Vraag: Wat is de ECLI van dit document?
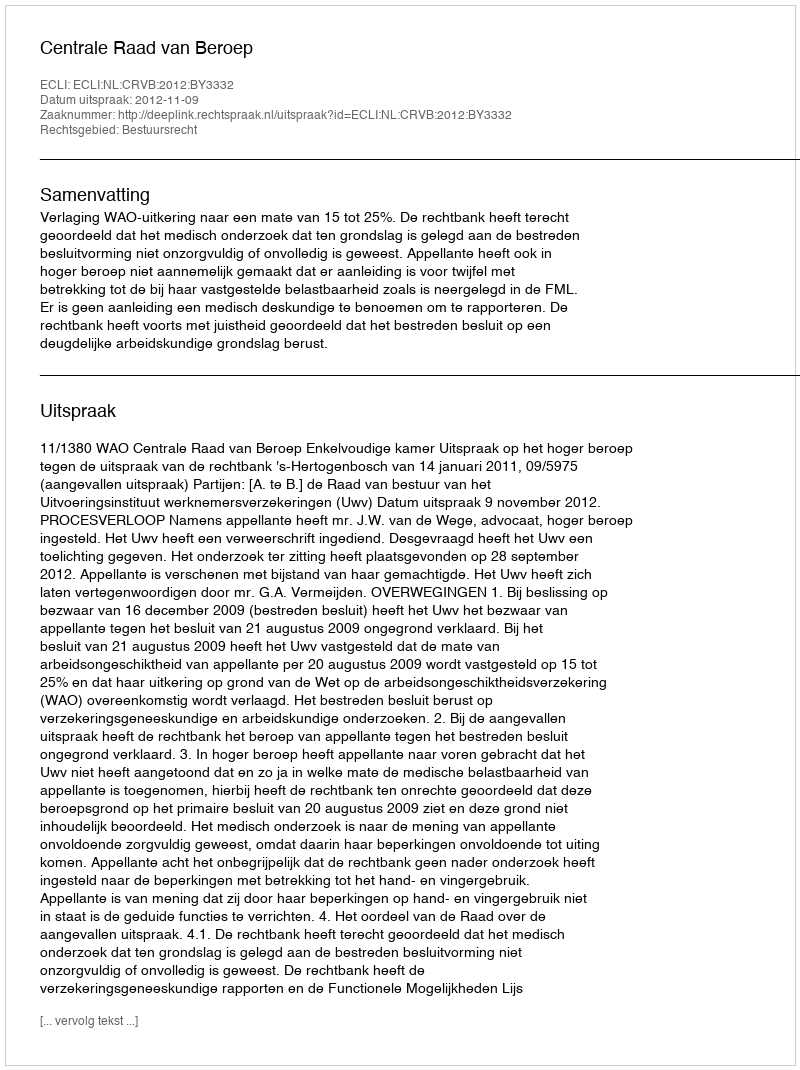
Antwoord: ECLI:NL:CRVB:2012:BY3332